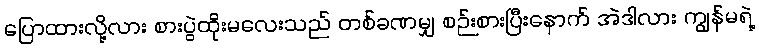
ပြောထားလို့လား စားပွဲထိုးမလေးသည် တစ်ခဏမျှ စဉ်းစားပြီးနောက် အဲဒါလား ကျွန်မရဲ့